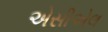
એસીએલ